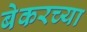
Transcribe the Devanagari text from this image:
बेकरच्या